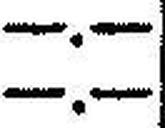
—.—